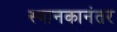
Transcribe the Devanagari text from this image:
स्थानकानंतर